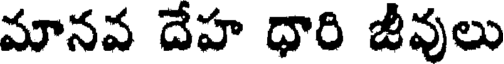
మానవ దేహ ధారి జీవులు